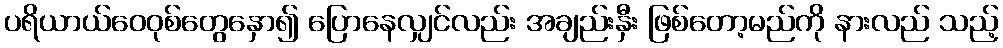
ပရိယာယ်ဝေဝုစ်တွေနှော၍ ပြောနေလျှင်လည်း အချည်းနှီး ဖြစ်တော့မည်ကို နားလည် သည့်